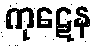
ကုဋေန